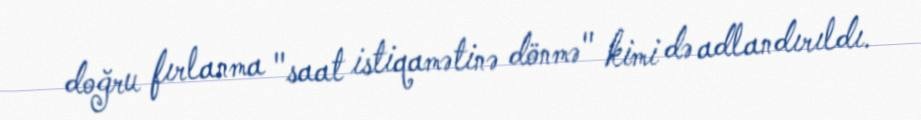
doğru fırlanma "saat istiqamətinə dönmə" kimi də adlandırıldı.